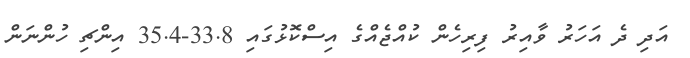
އަދި ދެ އަހަރު ވާއިރު ފިރިހެން ކުއްޖެއްގެ އިސްކޮޅުގައި 33.8-35.4 އިންޗި ހުންނަން